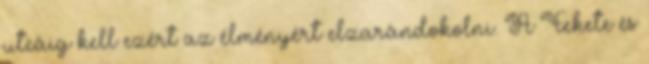
utcáig kell ezért az élményért elzarándokolni. A Fekete és